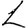
Digit: 1